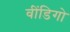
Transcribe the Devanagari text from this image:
वींडिगो